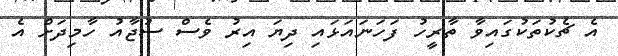
އެ ޗެކުތަކުގައިވާ ތާރީހު ފަހަނައަޅައި ދިޔަ އިރު ވެސް ސުޖާއު ހާމިދަށް އެ